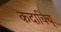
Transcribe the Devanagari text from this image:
कदाचिच्